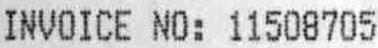
INVOICE NO: 11508705